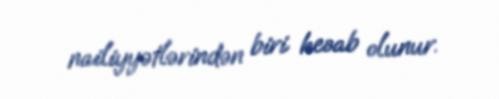
nailiyyətlərindən biri hesab olunur.